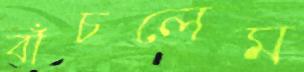
বাঁচলেম